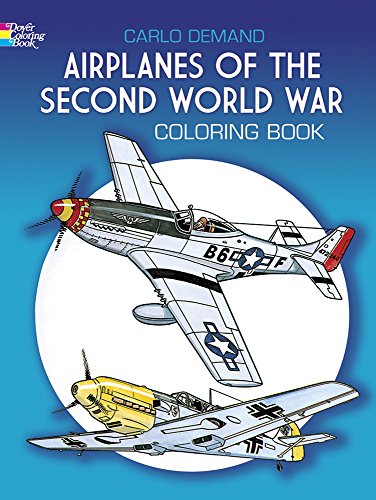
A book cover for Airplanes of the Second World War Coloring Book (Dover History Coloring Book); Crafts, Hobbies & Home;